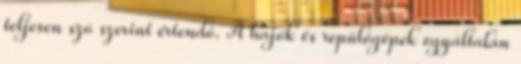
teljesen szó szerint értendő. A hajók és repülőgépek egyáltalán